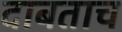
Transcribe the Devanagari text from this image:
दाबताच